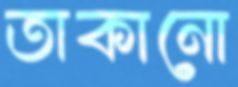
তাকানো